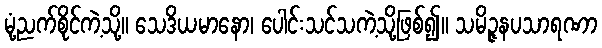
မုံ့ညက်စိုင်ကဲ့သို့။ သေဒိယမာနော၊ ပေါင်းသင်သကဲ့သို့ဖြစ်၍။ သမိဉ္ဇနပသာရဏာ